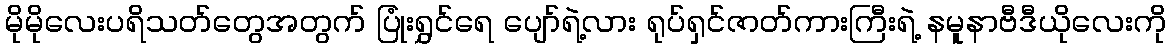
မိုမိုလေးပရိသတ်တွေအတွက် ပြုံးရွှင်ရေ ပျော်ရဲ့လား ရုပ်ရှင်ဇာတ်ကားကြီးရဲ့ နမူနာဗီဒီယိုလေးကို